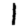
Digit: 1